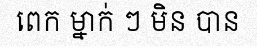
ពេក ម្នាក់ ៗ មិន បាន